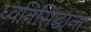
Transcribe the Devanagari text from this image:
ध्वनिसिद्धान्त